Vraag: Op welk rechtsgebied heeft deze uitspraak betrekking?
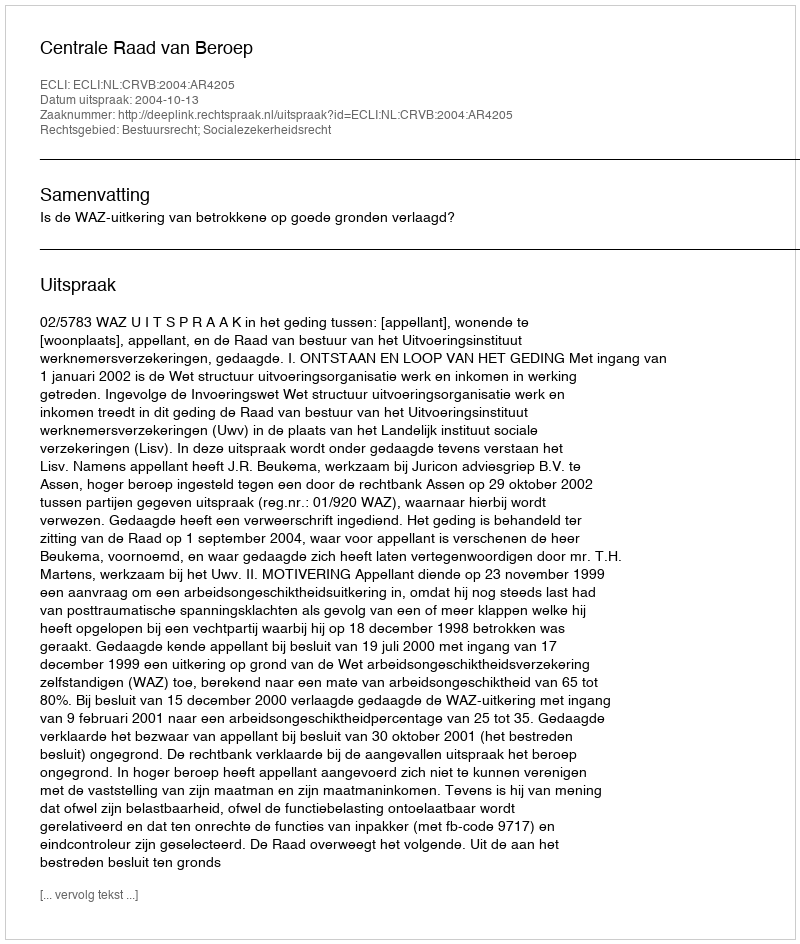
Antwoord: Bestuursrecht; Socialezekerheidsrecht